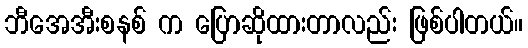
ဘီအေအီးစနစ် က ပြောဆိုထားတာလည်း ဖြစ်ပါတယ်။